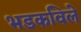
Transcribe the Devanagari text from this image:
भडकविले